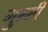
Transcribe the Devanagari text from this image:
गुम्मी